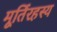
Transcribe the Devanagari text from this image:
मूर्तिरहस्य